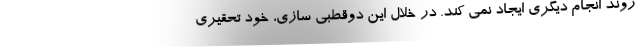
روند انجام دیگری ایجاد نمی کند. در خلال این دوقطبی سازی، خود تحقیری